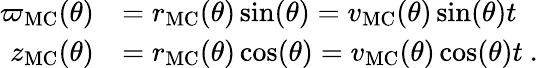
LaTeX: \begin{array}{rl}{\varpi_{\mathrm{MC}}(\theta)}&{=r_{\mathrm{MC}}(\theta)\sin(\theta)=v_{\mathrm{MC}}(\theta)\sin(\theta)t}\\ {z_{\mathrm{MC}}(\theta)}&{=r_{\mathrm{MC}}(\theta)\cos(\theta)=v_{\mathrm{MC}}(\theta)\cos(\theta)t\ .}\end{array}